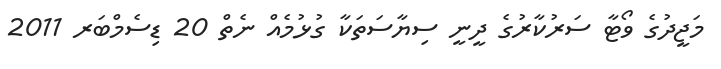
މަޖީދުގެ ވޯޓާ ސަރުކާރުގެ ދީނީ ސިޔާސަތަކާ ގުޅުމެއް ނެތް 20 ޑިސެމްބަރ 2011